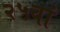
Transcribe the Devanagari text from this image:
२५वां